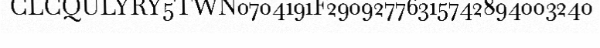
CLCQULYRY5TWN0704191F29092776315742894003240